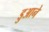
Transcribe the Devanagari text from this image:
डुआने